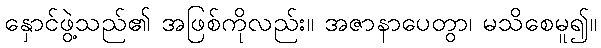
နှောင်ဖွဲ့သည်၏ အဖြစ်ကိုလည်း။ အဇာနာပေတွာ၊ မသိစေမူ၍။